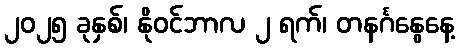
၂၀၂၅ ခုနှစ်၊ နိုဝင်ဘာလ ၂ ရက်၊ တနင်္ဂနွေနေ့